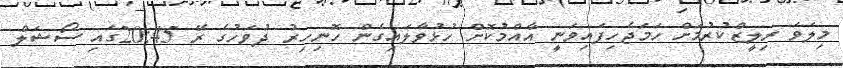
މިލަވަ ރިލީޒްކުރުމަށް ހަމަޖެހިފައިވަނީ އާއްމުކޮށް ހުޅުވާލައިގެން ހޮނިހިރު ދުވަހުގެ ރޭ 20:45ގައި ސޯޝަލް